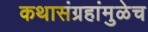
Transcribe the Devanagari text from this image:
कथासंग्रहांमुळेच